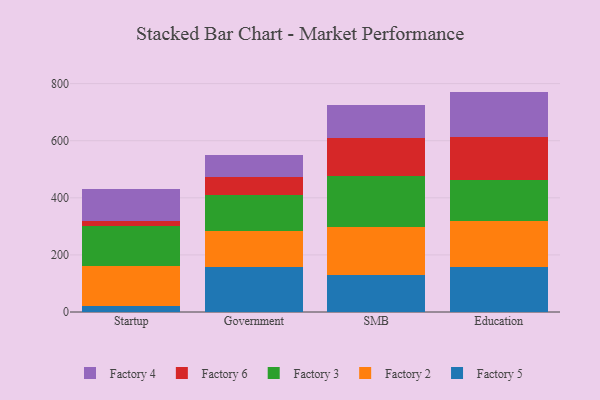
{"axis": {"x": "Segment", "y": "Demand Index"}, "legend": ["Factory 2", "Factory 3", "Factory 4", "Factory 5", "Factory 6"], "data": [{"x": "Startup", "y": 21.0, "type": "Factory 5"}, {"x": "Startup", "y": 140.9, "type": "Factory 2"}, {"x": "Startup", "y": 140.7, "type": "Factory 3"}, {"x": "Startup", "y": 16.7, "type": "Factory 6"}, {"x": "Startup", "y": 110.2, "type": "Factory 4"}, {"x": "Government", "y": 156.7, "type": "Factory 5"}, {"x": "Government", "y": 127.7, "type": "Factory 2"}, {"x": "Government", "y": 126.6, "type": "Factory 3"}, {"x": "Government", "y": 61.0, "type": "Factory 6"}, {"x": "Government", "y": 79.1, "type": "Factory 4"}, {"x": "SMB", "y": 130.3, "type": "Factory 5"}, {"x": "SMB", "y": 167.3, "type": "Factory 2"}, {"x": "SMB", "y": 177.4, "type": "Factory 3"}, {"x": "SMB", "y": 135.4, "type": "Factory 6"}, {"x": "SMB", "y": 113.7, "type": "Factory 4"}, {"x": "Education", "y": 159.2, "type": "Factory 5"}, {"x": "Education", "y": 158.9, "type": "Factory 2"}, {"x": "Education", "y": 145.3, "type": "Factory 3"}, {"x": "Education", "y": 149.1, "type": "Factory 6"}, {"x": "Education", "y": 159.6, "type": "Factory 4"}]}